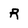
Character: R